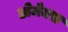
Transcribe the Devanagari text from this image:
डोमेक्स